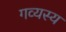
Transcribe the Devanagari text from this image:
गव्यस्य